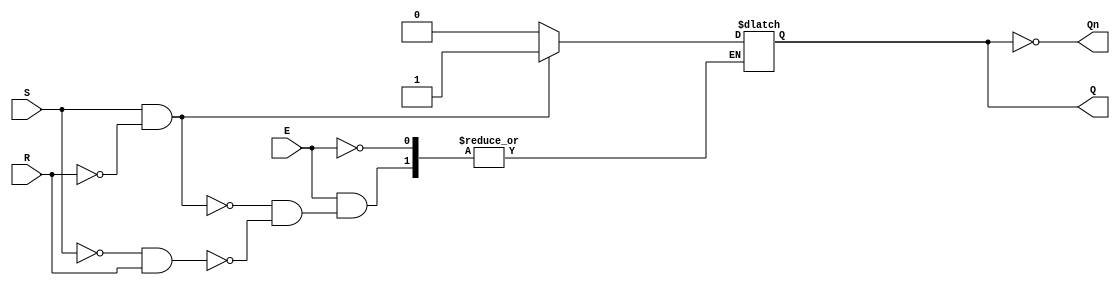
module gated_sr_latch (
    input wire S,      // Set input
    input wire R,      // Reset input
    input wire E,      // Enable input
    output reg Q,      // Output Q
    output wire Qn     // Complementary output Q'
);

    assign Qn = ~Q; // Q' is the complement of Q

    always @(E or S or R) begin
        if (E) begin
            if (S && ~R) begin
                Q <= 1'b1; // Set Q to 1
            end else if (~S && R) begin
                Q <= 1'b0; // Reset Q to 0
            end else if (~S && ~R) begin
                // Maintain current state (do nothing)
            end else if (S && R) begin
                // Invalid state (S = 1, R = 1) - typically ignored
                // You may want to add a warning or handle this case
            end
        end
        // When E is low, retain the current state of Q
    end

endmodule